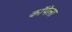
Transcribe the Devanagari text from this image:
कॉपेला